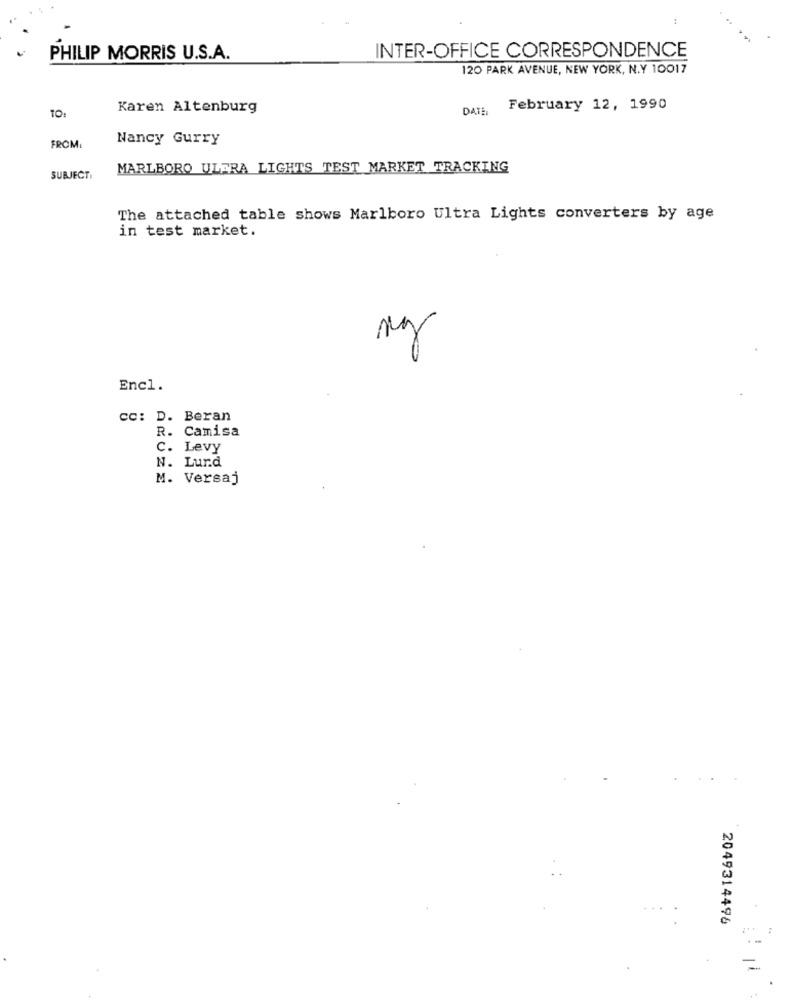
:
PHILIP MORRIS U.S.A.
INTER-OFFICE CORRESPONDENCE
120 PARK AVENUE, NEW YORK, N.Y 10017
TO:
Karen Altenburg
DATE
February 12, 1990
Nancy Gurry
FROM:
MARLBORO ULERA LIGHTS TEST MARKET TRACKING
SUBJECT,
The attached table shows Marlboro Ultra Lights converters by age
in test market.
mg
Encl.
cc: D. Beran
R. Camisa
C. Levy
N. Lund
M. Versaj
2049314496